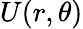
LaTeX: U(r,\theta)